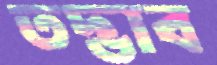
তদ্ভাব